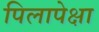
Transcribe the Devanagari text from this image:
पिलापेक्षा